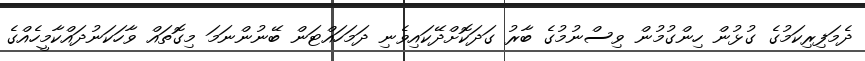
ދެމަފިރިކަމުގެ ގުޅުން ހިންގުމުން ވިސްނުމުގެ ބާރު ގަދަކޮށްދޭކައިވެނި ދަމަހައްޓަން ބޭނުންނަމަ މިގޮތައް ވާހަކަނުދައްކާމީހެއްގެ